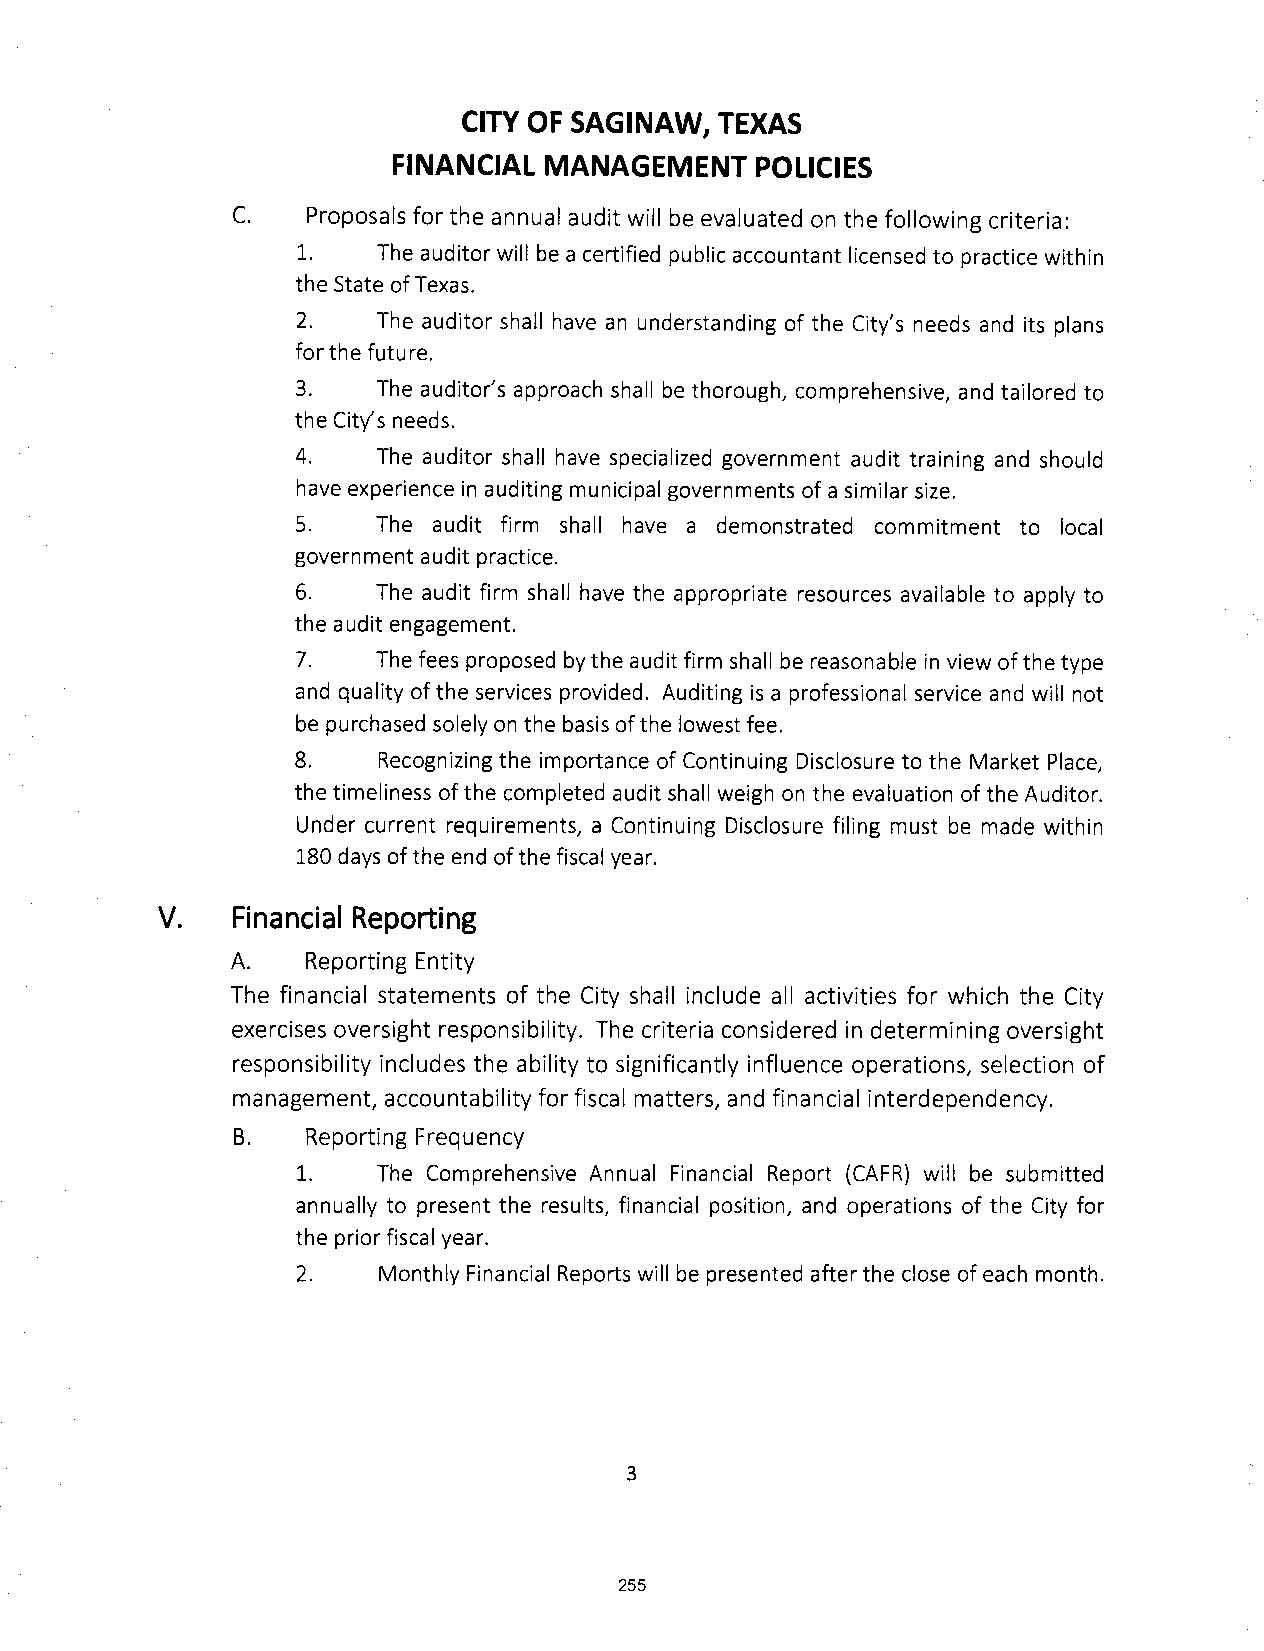
CITY OF SAGINAW, TEXAS
 FINANCIAL MANAGEMENT    POLICIES
 C.   Proposals for the annual audit will be evaluated on the following criteria:
 1.   The auditor will be a certified public accountant licensed to practice within
 the State ofTexas.
 2.   The auditor shall have an understanding of the City's needs and its plans
 forthe future.
 3.   The auditor's approach shall be thorough, comprehensive, and tailored to
 the City's needs.
 4.   The auditor shall have specialized government audit training and should
 have experience in auditing municipal governments of a similar size.
 5.   The audit firm shall have a demonstrated commitment to local
 government audit practice.
 6.   The audit firm shall have the appropriate resources available to apply to
 the audit engagement.
 7.   The fees proposed bythe audit firm shall be reasonable in view ofthe type
 and quality ofthe services provided. Auditing is a professional service and will not
 be purchased solely on the basis ofthe lowest fee.
 8.   Recognizing the importance of Continuing Disclosure to the Market Place,
 the timeliness ofthe completed audit shall weigh on the evaluation ofthe Auditor.
 Under current requirements, a Continuing Disclosure filing must be made within
 180 days ofthe end ofthe fiscal year.
 V.   Financial Reporting
 A.   Reporting Entity
 The financial statements of the City shall include all activities for which the City
 exercises oversight responsibility. The criteria considered in determining oversight
 responsibility includes the ability to significantly influence operations, selection of
 management, accountability for fiscal matters, and financial interdependency.
 B.   Reporting Frequency
 1.   The Comprehensive Annual Financial Report ( CAFR) will be submitted
 annually to present the results, financial position, and operations of the City for
 the priorfiscal year.
 2.   Monthly Financial Reports will be presented after the close of each month.
 3
 255